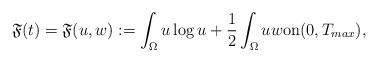
LaTeX: \begin{align*}\mathfrak{F}(t)=\mathfrak{F}(u,w):=\int_\Omega u \log u+\frac{1}{2}\int_\Omega u w\textrm{on}(0,T_{max}),\end{align*}